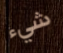
شيء